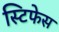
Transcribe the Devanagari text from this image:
स्टिफेस